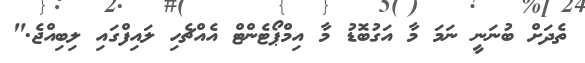
ތެދަށް ބުނަނީ ނަމަ މާ އަގުބޮޑު މާ އިމްޕޯޓެންޓް އެއްޗެހި ލައިފްގައި ލިބިއްޖެ."